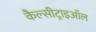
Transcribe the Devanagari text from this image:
कैल्सीट्राइऑल